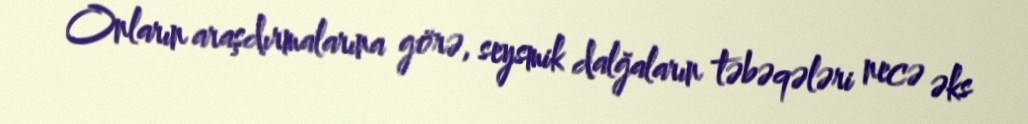
Onların araşdırmalarına görə, seysmik dalğaların təbəqələri necə əks